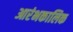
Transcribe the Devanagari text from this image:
आरंभकालिक